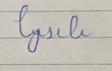
Signature authenticity: forged